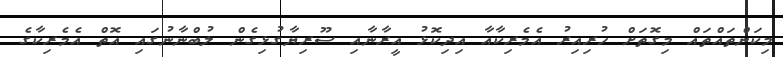
މިކަންތައްތައް މިގޮތަށް ހުރިއިރު އެމެރިކާއާ އިދިކޮޅު އީރާނާއި ސޫރިޔާގުޅިގެން ލުބްނާނުގައި އޮތް އެމެރިކާގެ